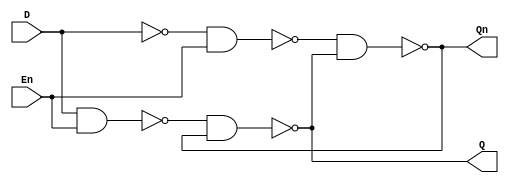
module D_gated
(
	D,
	En,
	Q,
	Qn
);

	input D, En;
	output Q, Qn;

	nand nand_0(w1, D, En);
	nand nand_1(w2, ~D, En);
	nand nand_2(Q, w1, Qn);
	nand nand_3(Qn, w2, Q);

endmodule